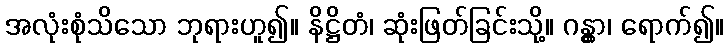
အလုံးစုံသိသော ဘုရားဟူ၍။ နိဋ္ဌိတံ၊ ဆုံးဖြတ်ခြင်းသို့။ ဂန္တွာ၊ ရောက်၍။